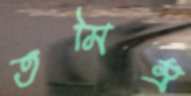
তমিস্র